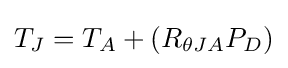
T_{J}=T_{A}+(R_{\theta JA}P_{D})